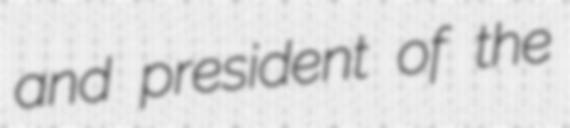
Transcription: and president of the